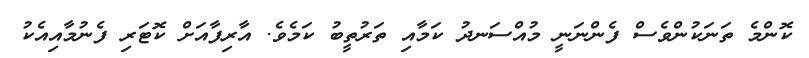
ކޮންމެ ތަނަކުންވެސް ފެންނަނީ މުއްސަނދު ކަމާއި ތަރުތީބު ކަމެވެ. އާރިފާއަށް ކޮޓަރި ފެނުމާއިއެކު